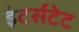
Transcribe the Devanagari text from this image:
इंटर्सटेट